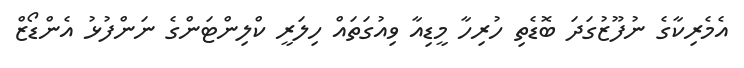
އެމެރިކާގެ ނުފޫޒުގަދަ ބޮޑެތި ހުރިހާ މީޑިއާ ވިއުގަތައް ހިލަރީ ކްލިންޓަންގެ ނަންފުޅު އެންޑޯޒް